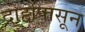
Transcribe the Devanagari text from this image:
दोहोंपासून